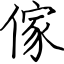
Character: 傢